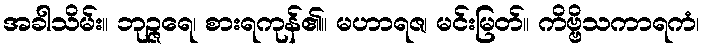
အခါသိမ်း။ ဘုဉ္ဇရေ၊ စားရကုန်၏။ မဟာရဇ၊ မင်းမြတ်။ ကိဗ္ဗိသကာရကံ၊